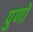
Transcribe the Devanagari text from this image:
पुणो